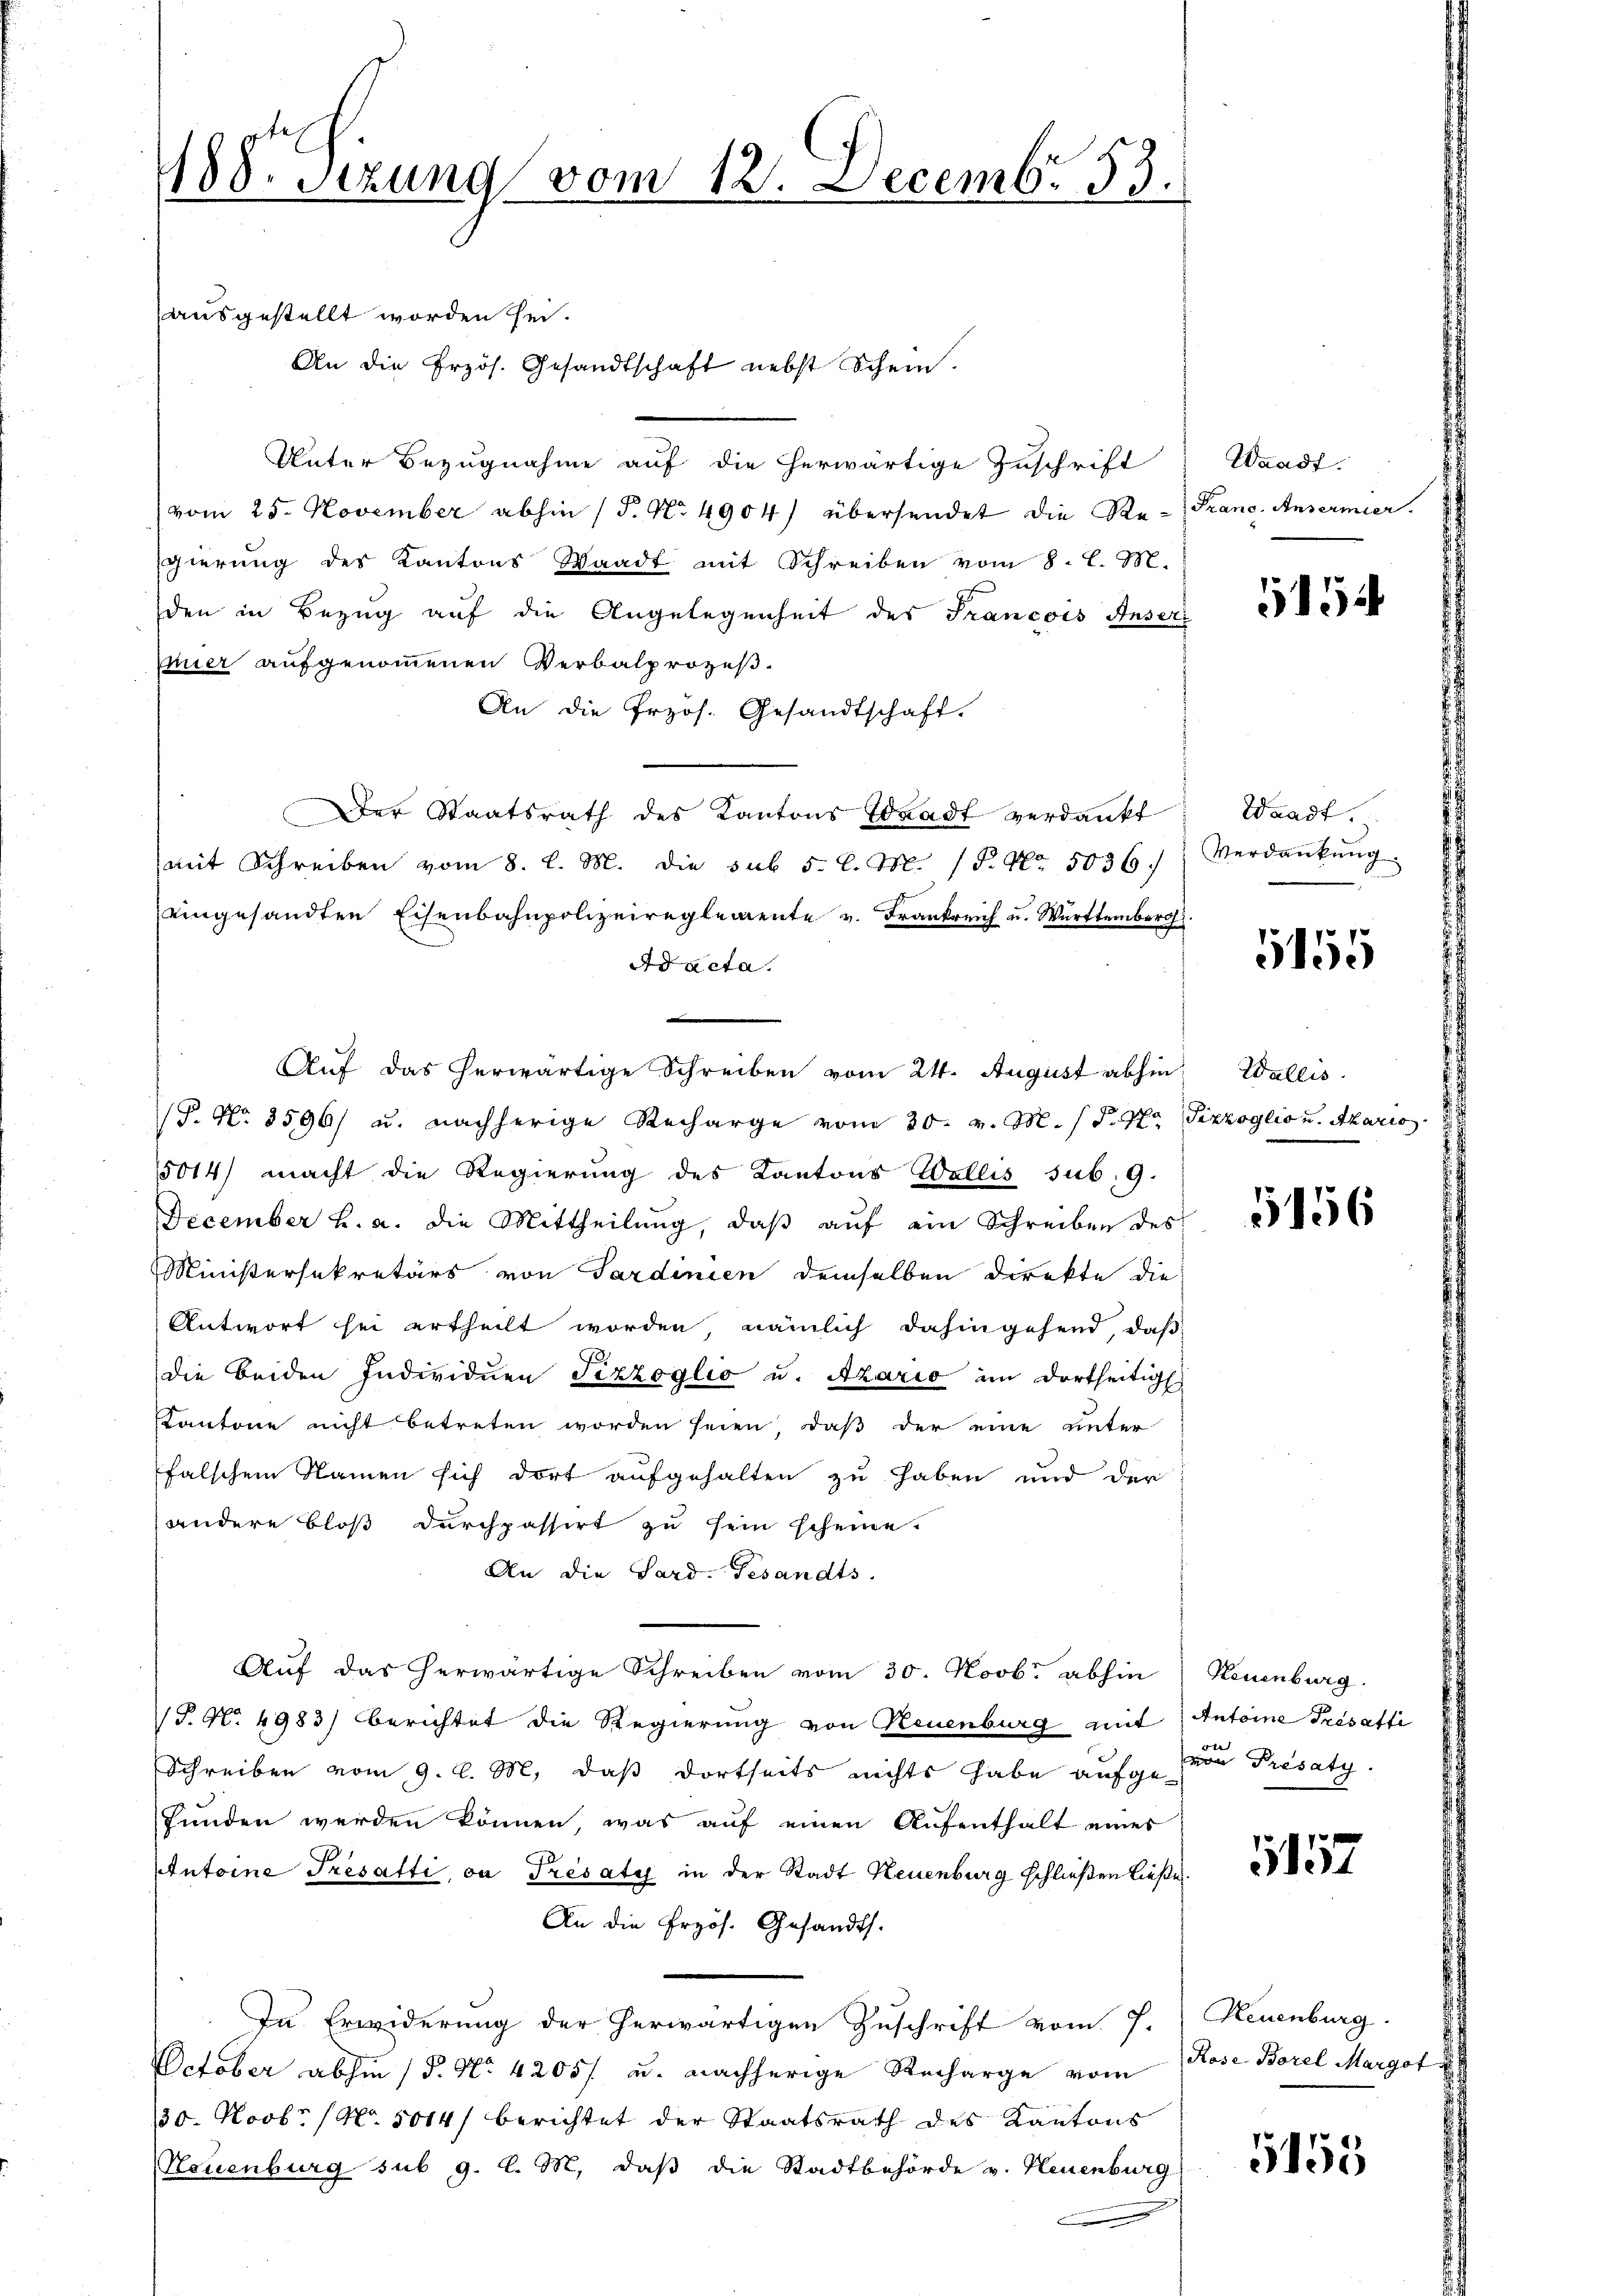
188. Setzung vom 12. Decembr. 13.

ausgestellt worden sei.
An die Erzös. Gesandtschaft nebst Schein.
Unter Bezugnahme auf die herwärtige Zuschrift
vom 25. November abhin (T. No 4904) übersendet die Re-Franc. Ansermier
gierung des Kantons Waadt mit Schreiben vom 8. l. M.
den in Bezug auf die Angelegenheit des Francois Anser
mier aufgenommenen Verbalprozeß-
An die Przos. Gesandtschaft.
Der Staatsrath des Kantons Waadt verdankt
(mit Schreiben vom 8. l. M. die sub 5 l. M. P. Nr. 5036.
eingesandten Eisenbahnpolizeireglemente v. Frankreich u. Württemberg.
Ad acta.
Auf das herwärtige Schreiben vom 24. August abhin
(P. Nr. 3596/ u. nachherige Recharge vom 20. v. M. / P. Nr. Pizzoglio u. Akaris
5014) macht die Regierung des Kantons Wallis sub. 9.
December h. a. die Mittheilŭng, daβ aŭf ein Schreiben des
Ministersekretärs von Sardinien demselben direkte die
Antwort sei ertheilt worden, nämlich dahingehend, daß
die beiden Individuen Pizzoglio u. Azario im dortseitig
Kantone nicht betreten worden seien, daß der eine unter
falschen Namen sich dort aufgehalten zu haben und der
andere Bloß durchpassirt zu sein scheine.
An die Sard- Gesandts
Auf das herwärtige Schreiben vom 30. Novb. abhin
T. No. 4983) berichtet die Regierung von Neuenburg mit Antoine Présatti
Schreiben vom 9. l. M. daß dortseits nichts habe aufgefunden werden können, was auf einen Aufenthalt eines
Antoine Tresatti, ou Présati in der Stadt Neuenburg schließen ließe.
An die Erzös. Gesandts.
In Erwiderung der herwärtigen Zuschrift vom 7.
October abhin (P. Nr. 4205/ u. nachherige Recharge vom Rose Borel Margot
30. Novb. (No. 5014) berichtet der Staatsrath des Kantons
Neuenburg sub g. l. M., daß die Stadtbehörde v. Neuenburg

Waadt.

15

Waadt.
Verdankung.

5155

Wallis.

5156

Neuenburg.
von Presaty.

5157

Neuenburg.

5155